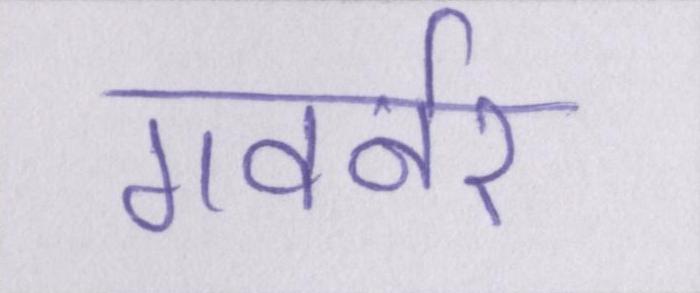
गवर्नर